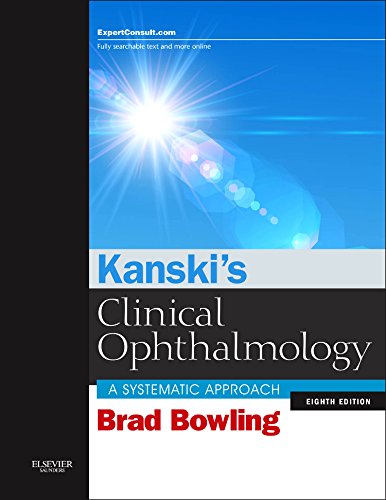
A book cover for Kanski's Clinical Ophthalmology: A Systematic Approach, 8e; Brad Bowling FRCSEd(Ophth)  FRCOphth  FRANZCO; Medical Books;